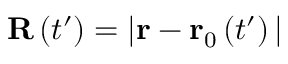
\mathbf { R } \left( t ^ { \prime } \right) = \vert \mathbf { r } - \mathbf { r } _ { 0 } \left( t ^ { \prime } \right) \vert